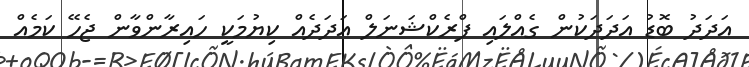
އަދަދު ބޮޑު އަދަދަކުން ގެއްލައި ފްރެކްޝަނަލް އަދަދެއް ކިޔުމަކީ ހައިރާންވާން ޖެހޭ ކަމެއް